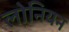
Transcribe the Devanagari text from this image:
लोनियन